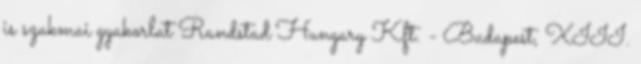
is szakmai gyakorlat Randstad Hungary Kft. - Budapest, XIII.